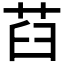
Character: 𦭻